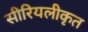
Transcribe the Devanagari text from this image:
सीरियलीकृत